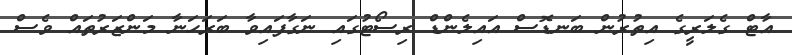
އާޓް ގެލަރީގެ އިތުރުން ބަނޑޮސް އައިލެންޑް ރިސޯޓުގައި ނަގާފައިވާ ބަރަހަނާ މަންޒަރުތައް ވެސް